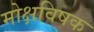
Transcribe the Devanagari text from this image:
मोक्षविषक